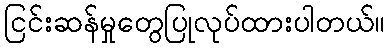
ငြင်းဆန်မှုတွေပြုလုပ်ထားပါတယ်။